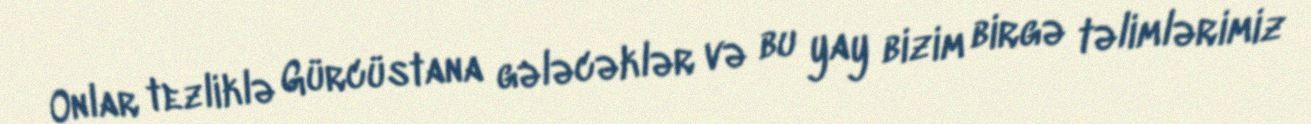
Onlar tezliklə Gürcüstana gələcəklər və bu yay bizim birgə təlimlərimiz